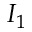
I _ { 1 }